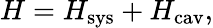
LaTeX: {H}=H_{\mathrm{sys}}+H_{\mathrm{cav}},